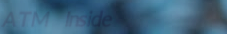
ATM Inside